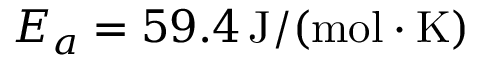
E _ { a } = 5 9 . 4 \, \mathrm { J / ( m o l \cdot K ) }